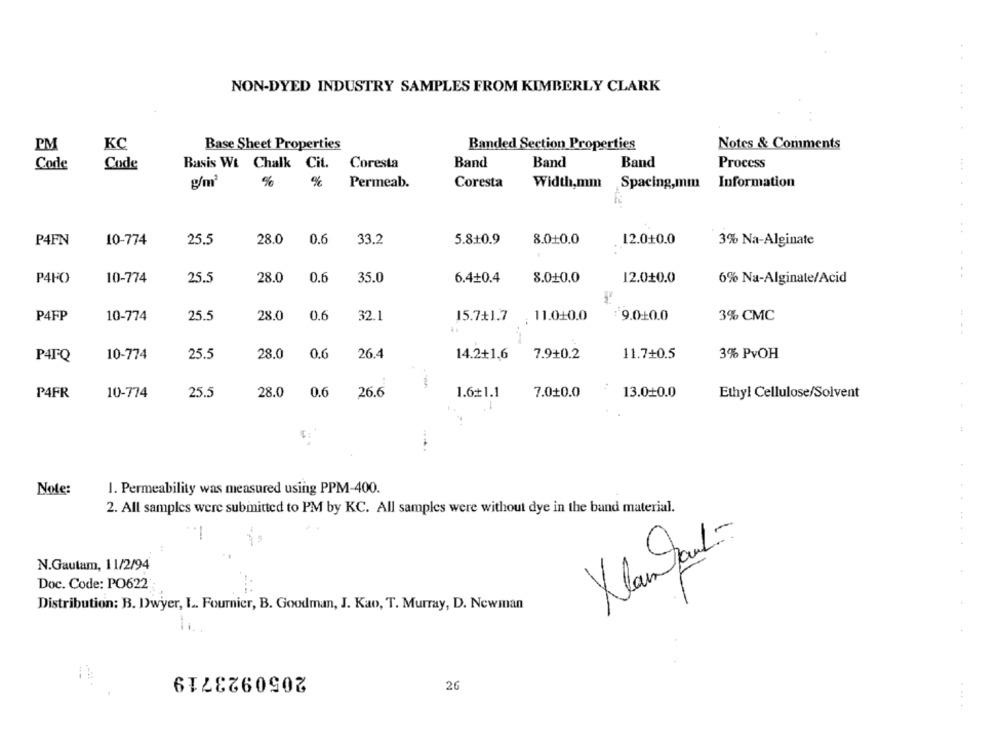
NON-DYED INDUSTRY SAMPLES FROM KIMBERLY CLARK
PM
KC
Base Sheet Properties
Banded Section Properties
Notes & Comments
Band
Band
Band
Process
Code
Code
Basis Wt Chalk Cit. Coresta
g/m3
%
%
Permeab.
Coresta
Width,mm Spacing,mm
Information
P4FN
10-774
25.5
28.0
0.6
33.2
5.810.9
8.010.0
12.0+0.0
3% Na-Alginate
P4FO
10-774
25.5
28.0
0.6
35.0
6.4+0.4
8.0+0.0
12.010.0
6% Na-Alginate/Acid
P4FP
10-774
25.5
28.0
0,6
32.1
15.7+1.7 11.010.0
9.0+0.0
3% CMC
P4FQ
10-774
25.5
28.0
0.6
26.4
14.2+1,6
7.9+0.2
11.7+0.5
3% PvOH
P4FR
10-774
25.5
28.0
0.6
26.6
1.6+1.1
7.010.0
13.0+0.0
Ethyl Cellulose/Solvent
1. Permeability was measured using PPM-400.
Note:
2. All samples were submitted to PM by KC. All samples were without dye in the band material.
Maintout-
N.Gautam, 11/2/94
Doc. Code: PO622
Distribution: B. Dwyer, L. Fournier, B. Goodman, J. Kao, T. Murray, D. Newman
2050923719
26